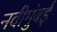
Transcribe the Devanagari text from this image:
नवीमुंबई